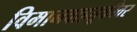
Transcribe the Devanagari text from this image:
विमानवाहतूकीवर